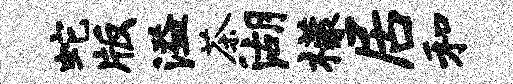
蛇版溢茶湖檬居和